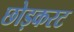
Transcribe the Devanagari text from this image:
छोड़करट